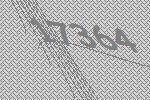
17364